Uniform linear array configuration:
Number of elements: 64
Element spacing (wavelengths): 1
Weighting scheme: uniform
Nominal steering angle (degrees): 30
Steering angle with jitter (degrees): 29.072
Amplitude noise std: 0.05
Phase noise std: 0.05

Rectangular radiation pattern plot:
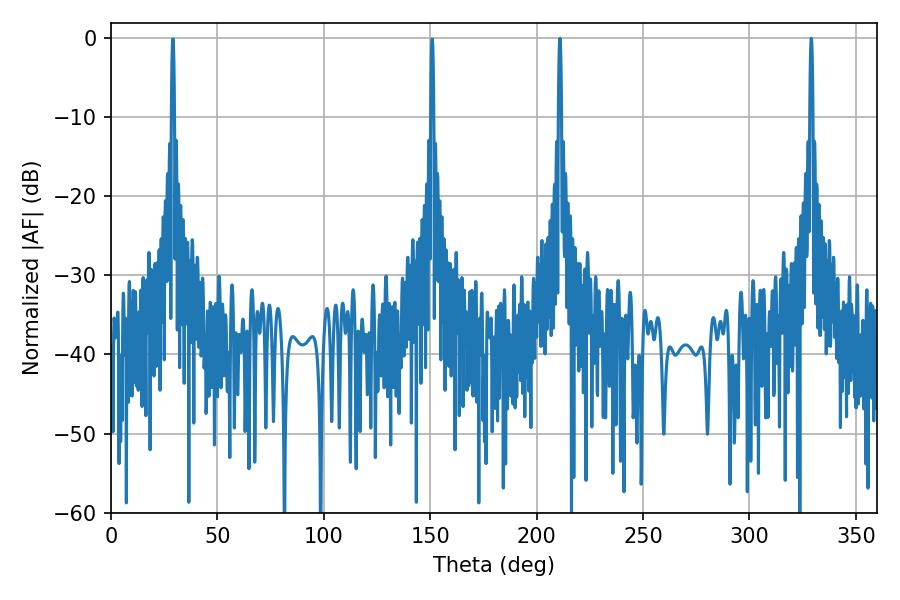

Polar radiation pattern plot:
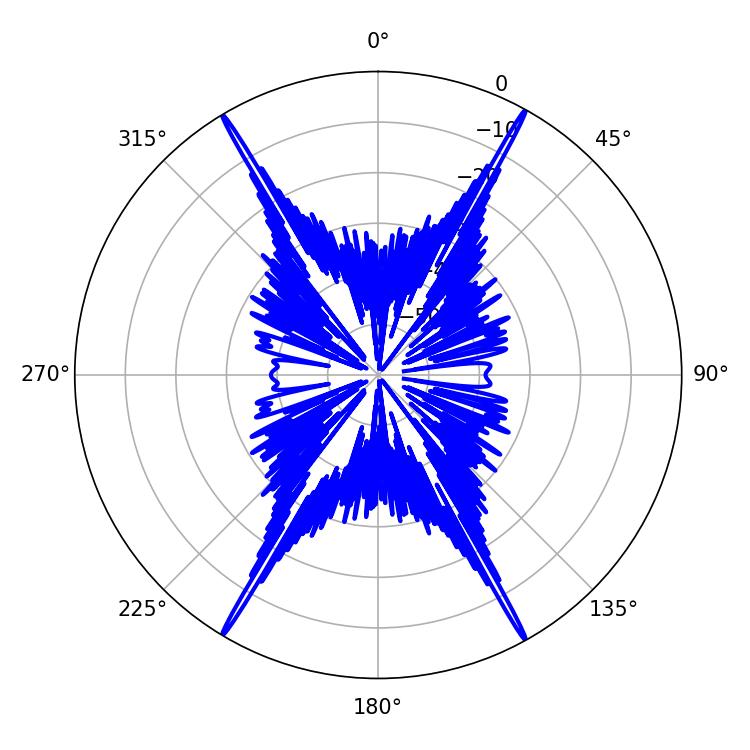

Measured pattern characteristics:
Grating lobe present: TRUE
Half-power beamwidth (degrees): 0.72
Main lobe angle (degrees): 329.04